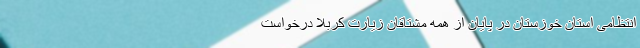
انتظامی استان خوزستان در پایان از همه مشتاقان زیارت کربلا درخواست